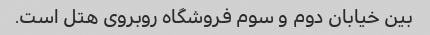
بین خیابان دوم و سوم فروشگاه روبروی هتل است.